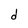
Character: d